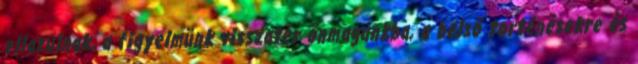
ellazulnak, a figyelmünk visszatér önmagunkba, a belső torténésekre és